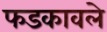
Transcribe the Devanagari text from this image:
फडकावले